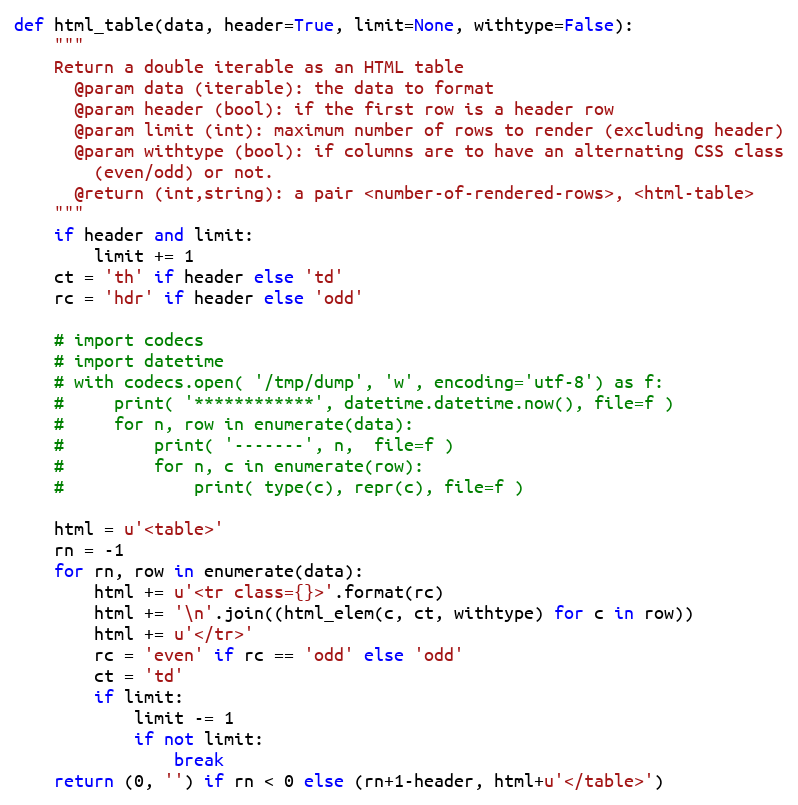
Language: Python
def html_table(data, header=True, limit=None, withtype=False):
    """
    Return a double iterable as an HTML table
      @param data (iterable): the data to format
      @param header (bool): if the first row is a header row
      @param limit (int): maximum number of rows to render (excluding header)
      @param withtype (bool): if columns are to have an alternating CSS class
        (even/odd) or not.
      @return (int,string): a pair <number-of-rendered-rows>, <html-table>
    """
    if header and limit:
        limit += 1
    ct = 'th' if header else 'td'
    rc = 'hdr' if header else 'odd'

    # import codecs
    # import datetime
    # with codecs.open( '/tmp/dump', 'w', encoding='utf-8') as f:
    #     print( '************', datetime.datetime.now(), file=f )
    #     for n, row in enumerate(data):
    #         print( '-------', n,  file=f )
    #         for n, c in enumerate(row):
    #             print( type(c), repr(c), file=f )

    html = u'<table>'
    rn = -1
    for rn, row in enumerate(data):
        html += u'<tr class={}>'.format(rc)
        html += '\n'.join((html_elem(c, ct, withtype) for c in row))
        html += u'</tr>'
        rc = 'even' if rc == 'odd' else 'odd'
        ct = 'td'
        if limit:
            limit -= 1
            if not limit:
                break
    return (0, '') if rn < 0 else (rn+1-header, html+u'</table>')